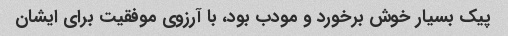
پیک بسیار خوش برخورد و مودب بود، با آرزوی موفقیت برای ایشان